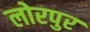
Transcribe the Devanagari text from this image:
लोरपुर